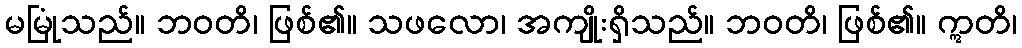
မမြုံသည်။ ဘဝတိ၊ ဖြစ်၏။ သဖလော၊ အကျိုးရှိသည်။ ဘဝတိ၊ ဖြစ်၏။ ဣတိ၊